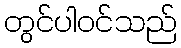
တွင်ပါဝင်သည်